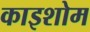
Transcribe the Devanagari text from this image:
काइशोम